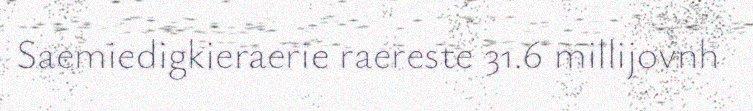
Saemiedigkieraerie raereste 31.6 millijovnh